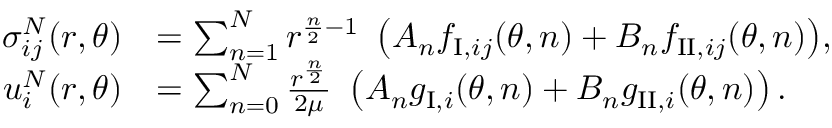
\begin{array} { r l } { \sigma _ { i j } ^ { N } ( r , \theta ) } & { = \sum _ { n = 1 } ^ { N } { r ^ { \frac { n } { 2 } - 1 } \ \left( A _ { n } f _ { \mathrm { I } , i j } ( \theta , n ) + B _ { n } f _ { \mathrm { I I } , i j } ( \theta , n ) \right) } , } \\ { u _ { i } ^ { N } ( r , \theta ) } & { = \sum _ { n = 0 } ^ { N } \frac { r ^ { \frac { n } { 2 } } } { 2 \mu } \ \left( A _ { n } g _ { \mathrm { I } , i } ( \theta , n ) + B _ { n } g _ { \mathrm { I I } , i } ( \theta , n ) \right) . } \end{array}